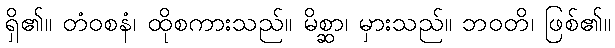
ရှိ၏။ တံဝစနံ၊ ထိုစကားသည်။ မိစ္ဆာ၊ မှားသည်။ ဘဝတိ၊ ဖြစ်၏။